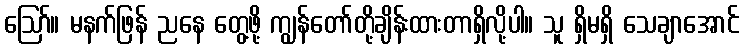
ဪ။ မနက်ဖြန် ညနေ တွေ့ဖို့ ကျွန်တော်တို့ချိန်းထားတာရှိလို့ပါ။ သူ ရှိမရှိ သေချာအောင်